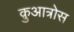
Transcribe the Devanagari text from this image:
क़ुआत्रोस